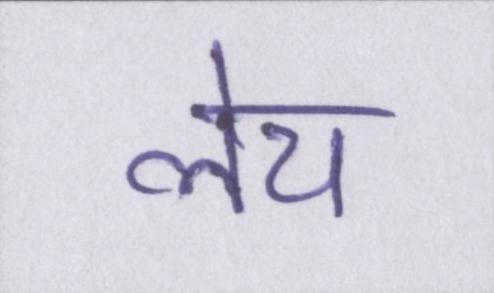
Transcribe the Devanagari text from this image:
लेय